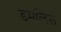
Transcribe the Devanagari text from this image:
डमलिसे